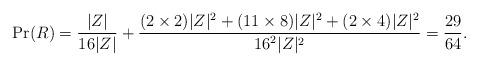
LaTeX: \begin{align*}\Pr(R) = \frac{|Z|}{16|Z|} + \frac{(2 \times 2) |Z|^2 + (11 \times 8) |Z|^2 + (2 \times 4) |Z|^2}{{16}^2|Z|^2} = \frac{29}{64}.\end{align*}